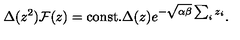
\Delta ( z ^ { 2 } ) { \cal F } ( z ) = \mathrm { c o n s t . } \Delta ( z ) e ^ { - \sqrt { \alpha \beta } \sum _ { i } z _ { i } } .